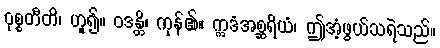
ဝုစ္စတီတိ၊ ဟူ၍။ ဝဒန္တိ၊ ကုန်၏။ ဣဒံအစ္ဆရိယံ၊ ဤအံ့ဖွယ်သရဲသည်။